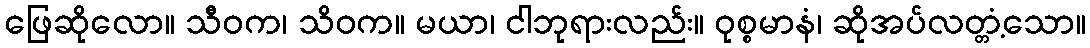
ဖြေဆိုလော။ သီဝက၊ သိဝက။ မယာ၊ ငါဘုရားလည်း။ ဝုစ္စမာနံ၊ ဆိုအပ်လတ္တံ့သော။